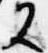
又